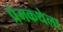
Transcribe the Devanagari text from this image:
प्रेमकथेला